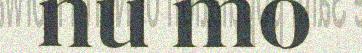
nu mo